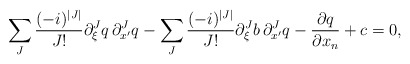
\begin{align*} \sum_{J} \frac{(-i)^{|J|}}{J !} \partial_{\xi}^{J}q \, \partial_{x^\prime}^{J}q - \sum_{J} \frac{(-i)^{|J|}}{J !} \partial_{\xi}^{J}b \, \partial_{x^\prime}^{J}q - \frac{\partial q}{\partial x_n} + c = 0,\end{align*}